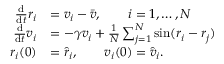
\begin{array} { r l } { \frac { \mathrm d } { \mathrm d t } r _ { i } } & { = v _ { i } - \bar { v } , \qquad i = 1 , \dots , N } \\ { \frac { \mathrm d } { \mathrm d t } v _ { i } } & { = - \gamma v _ { i } + \frac { 1 } { N } \sum _ { j = 1 } ^ { N } \sin ( r _ { i } - r _ { j } ) } \\ { r _ { i } ( 0 ) } & { = \hat { r } _ { i } , \qquad v _ { i } ( 0 ) = \hat { v } _ { i } . } \end{array}